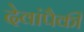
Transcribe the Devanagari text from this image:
देवांपैकीं